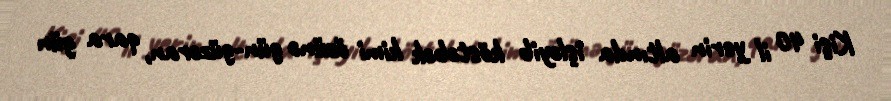
Kişi 40 il yerin altında işləyib köstəbək kimi özünə gün-güzəran, qara gün